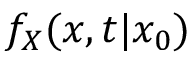
f _ { X } ( x , t \vert x _ { 0 } )